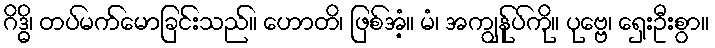
ဂိဒ္ဓိ၊ တပ်မက်မောခြင်းသည်။ ဟောတိ၊ ဖြစ်အံ့။ မံ၊ အကျွန်ုပ်ကို။ ပုဗ္ဗေ၊ ရှေးဦးစွာ။